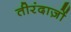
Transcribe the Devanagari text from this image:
तीरंदाज़ों